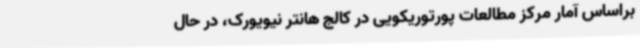
براساس آمار مرکز مطالعات پورتوریکویی در کالج هانتر نیویورک، در حال